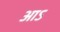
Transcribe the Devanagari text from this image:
आऽ